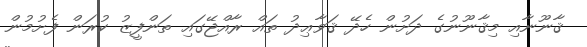
ޤާނޫނާއި މިޤާނޫނުގެ ދަށުން ހެދޭ ޤަވާޢިދު ތައް ރާއްޖޭގައި ތަންފީޒު ކުރަން ފެށުމުން